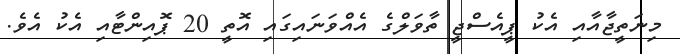
މިނަތީޖާއާއި އެކު ޕީއެސްޖީ ތާވަލްގެ އެއްވަނައިގައި އޮތީ 20 ޕޮއިންޓާއި އެކު އެވެ.